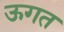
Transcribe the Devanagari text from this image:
ऊगत